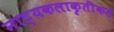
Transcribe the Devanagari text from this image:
नाट्यकलाकृतींकडे